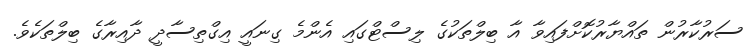
ސަރުކާރުން ތައްޔާރުކޮށްފައިވާ އާ ބިލްތަކުގެ ލިސްޓްގައި އެންމެ ގިނައީ އިގްތިސާދީ ދާއިރާގެ ބިލްތަކެވެ.